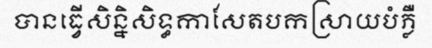
បានធ្វើសិន្និសិទ្ធកាសែតបកស្រាយបំភ្លឺ